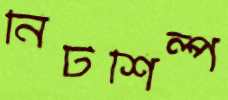
নিটশিল্প